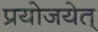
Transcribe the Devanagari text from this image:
प्रयोजयेत्